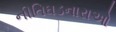
નીતિઘડનારાઓ